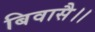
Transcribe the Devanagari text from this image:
बिवासै।।